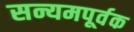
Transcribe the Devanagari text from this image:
सन्यमपूर्वक